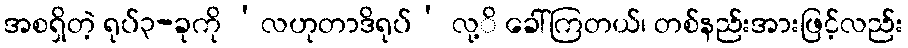
အစရှိတဲ့ ရုပ်၃-ခုကို ‘လဟုတာဒိရုပ်’ လု့ိ ခေါ်ကြတယ်၊ တစ်နည်းအားဖြင့်လည်း